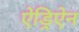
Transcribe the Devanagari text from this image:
ऐड्रिऐन